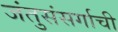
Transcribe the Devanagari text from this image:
जंतुसंसर्गाची